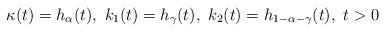
\begin{align*}\kappa(t) = h_\alpha(t),\ k_1(t) = h_\gamma(t),\ k_2(t)=h_{1-\alpha-\gamma}(t),\ t>0\end{align*}